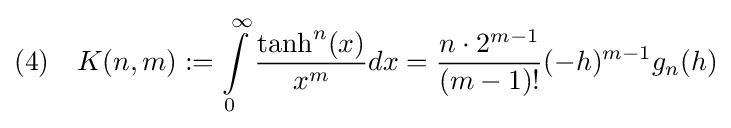
(4)\quad K(n,m):=\int \limits _{0}^{\infty }{\dfrac {\tanh ^{n}(x)}{x^{m}}}dx={\dfrac {n\cdot 2^{m-1}}{(m-1)!}}(-h)^{m-1}g_{n}(h)